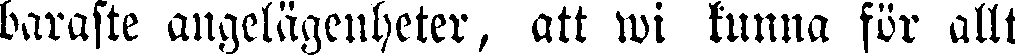
baraste angelägenheter, att wi kunna för allt